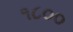
૧૮૦૦